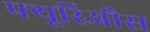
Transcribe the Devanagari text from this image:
फ्यूरिऔस